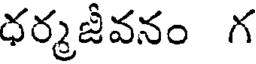
ధర్మజీవనం గ